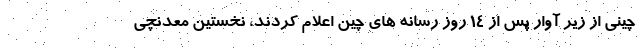
چینی از زیر آوار پس از ۱۴ روز رسانه های چین اعلام کردند، نخستین معدنچی